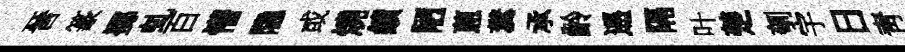
晉篆擲虬百懵隐或燒績陋蔥糞承齡遥隔叶楚刳宇日靑